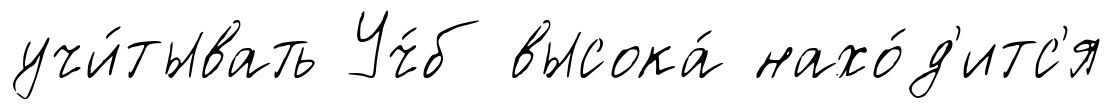
учи́тывать Уч́б высока́ нахо́д'итс'я